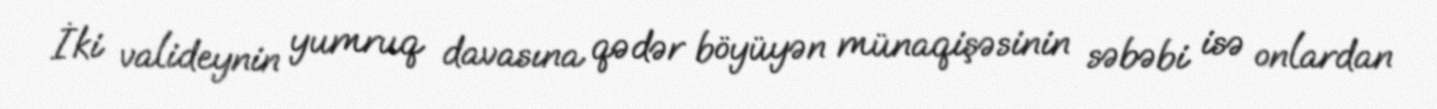
İki valideynin yumruq davasına qədər böyüyən münaqişəsinin səbəbi isə onlardan